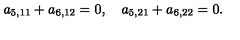
a _ { 5 , 1 1 } + a _ { 6 , 1 2 } = 0 , \quad a _ { 5 , 2 1 } + a _ { 6 , 2 2 } = 0 .